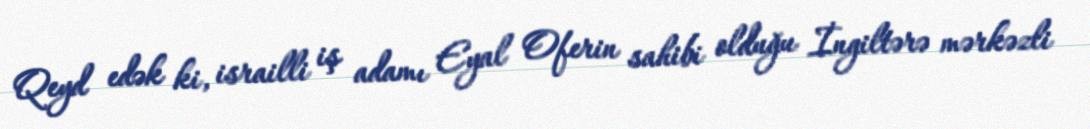
Qeyd edək ki, israilli iş adamı Eyal Oferin sahibi olduğu İngiltərə mərkəzli